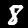
Digit: 8